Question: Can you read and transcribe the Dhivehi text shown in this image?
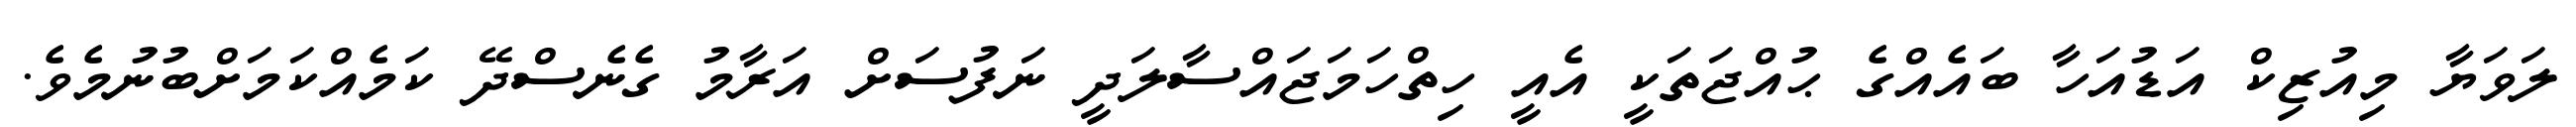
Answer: ލަވަޔާ މިއުޒިކް އަޑުއަހާ ބައެއްގެ ޙުއްޖަތަކީ އެއީ ހިތްހަމަޖައްސާލަދީ ނަފުސަށް އަރާމު ގެނެސްދޭ ކަމެއްކަމަށްބުނުމެވެ.